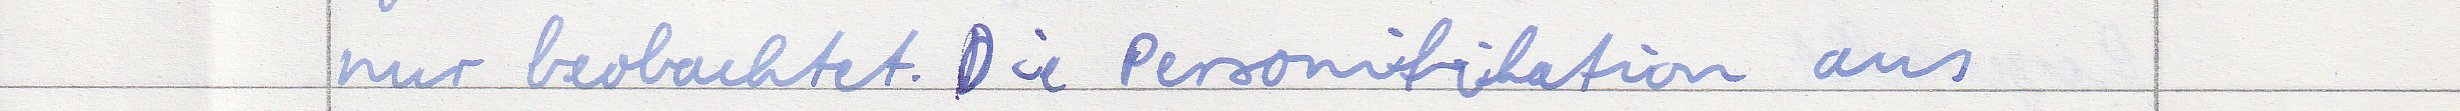
nur beobachtet. Die Personifikation aus